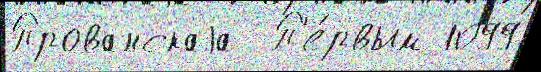
Прованскаjа  П'е́рвым 1099